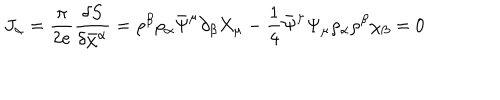
LaTeX: J _ { \alpha } = \frac { \pi } { 2 e } \frac { \delta S } { \delta \bar { \chi } ^ { \alpha } } = \rho ^ { \beta } \rho _ { \alpha } \bar { \Psi } ^ { \mu } \partial _ { \beta } X _ { \mu } - \frac { 1 } { 4 } \bar { \Psi } ^ { \mu } \Psi _ { \mu } \rho _ { \alpha } \rho ^ { \beta } \chi _ { \beta } = 0